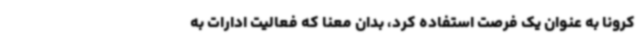
کرونا به عنوان یک فرصت استفاده کرد، بدان معنا که فعالیت ادارات به